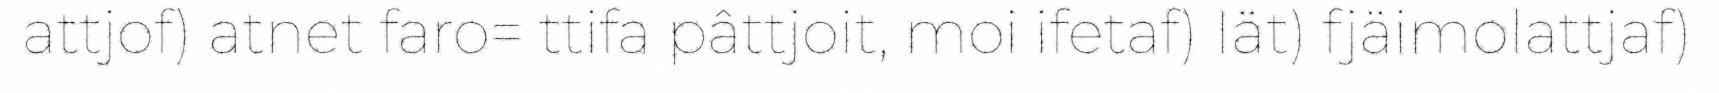
attjof) atnet faro= ttifa pâttjoit, moi ifetaf) Iät) fjäimolattjaf)